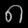
Digit: ၈